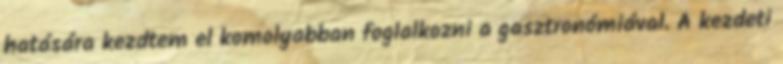
hatására kezdtem el komolyabban foglalkozni a gasztronómiával. A kezdeti